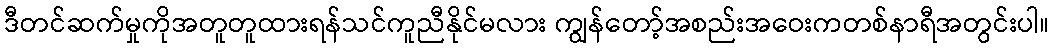
ဒီတင်ဆက်မှုကိုအတူတူထားရန်သင်ကူညီနိုင်မလား ကျွန်တော့်အစည်းအဝေးကတစ်နာရီအတွင်းပါ။